Annual administration and progress report of the Indian Medical Department, Bombay
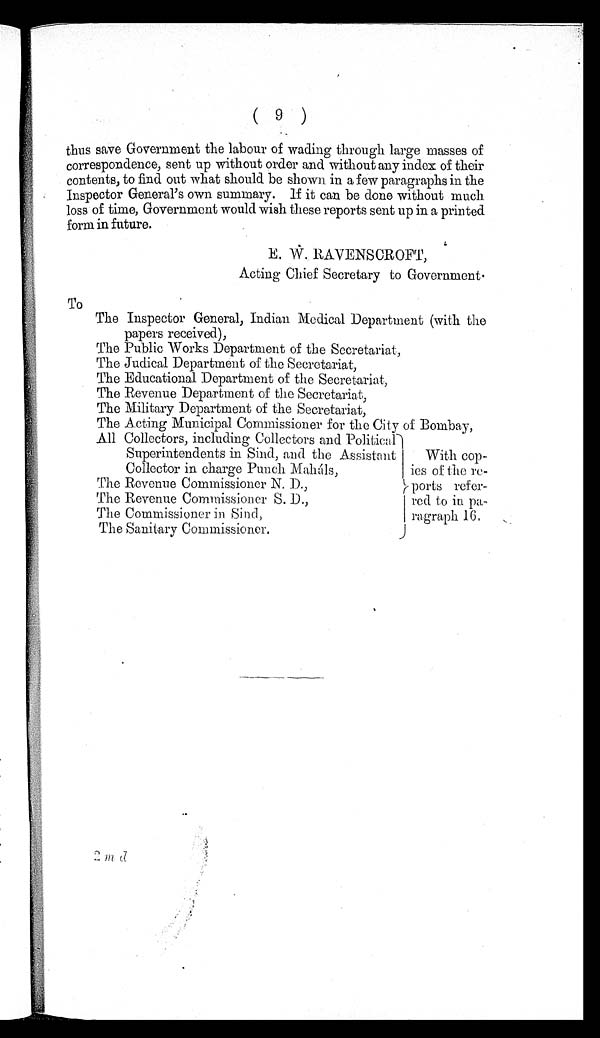
(9)
thus save Government the labour of wading through large masses of
correspondence, sent up without order and without any index of their
contents, to find out what should be shown in a few paragraphs in the
Inspector General's own summary. if it can be done without much
loss of time, Government would wish these reports sent up in a printed
form in future.
R A V E N S C R O F T ,
Acting Chief Secretary to Government.
To
The Inspector General, Indian Medical Department (with the
papers received),
The Public Works Department of the Secretariat,
The Judical Department of the Secretariat,
The Educational Department of the Secretariat,
The Revenue Department of the Secretariat,
The Military Department of the Secretariat,
The Acting Municipal Commissioner for the City of Bombay,
All Collectors, including Collectors and Political
Superintendents in Sind, and the Assistant
With cop
-
Collector in charge Punch Mahals,
ies of the re
-
The Revenue Commissioner N. D.,
( ports refer
-
The Revenue Commissioner S. D.,
red to in pa
-
The Commissioner in Sind, ragraph 16.
The Sanitary Commissioner.
2 m d